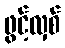
ဖွင့်လှစ်